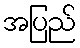
အပြည်